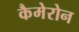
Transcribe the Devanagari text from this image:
कैमेरोन